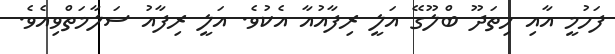
ފަހުމީ އާއި ހިތަދޫ ބްލޫގޭ އަލީ ރިފާއުއާ އެކުވެ. އަލީ ރިފާއު ސަލާމަތްވިއެވެ.